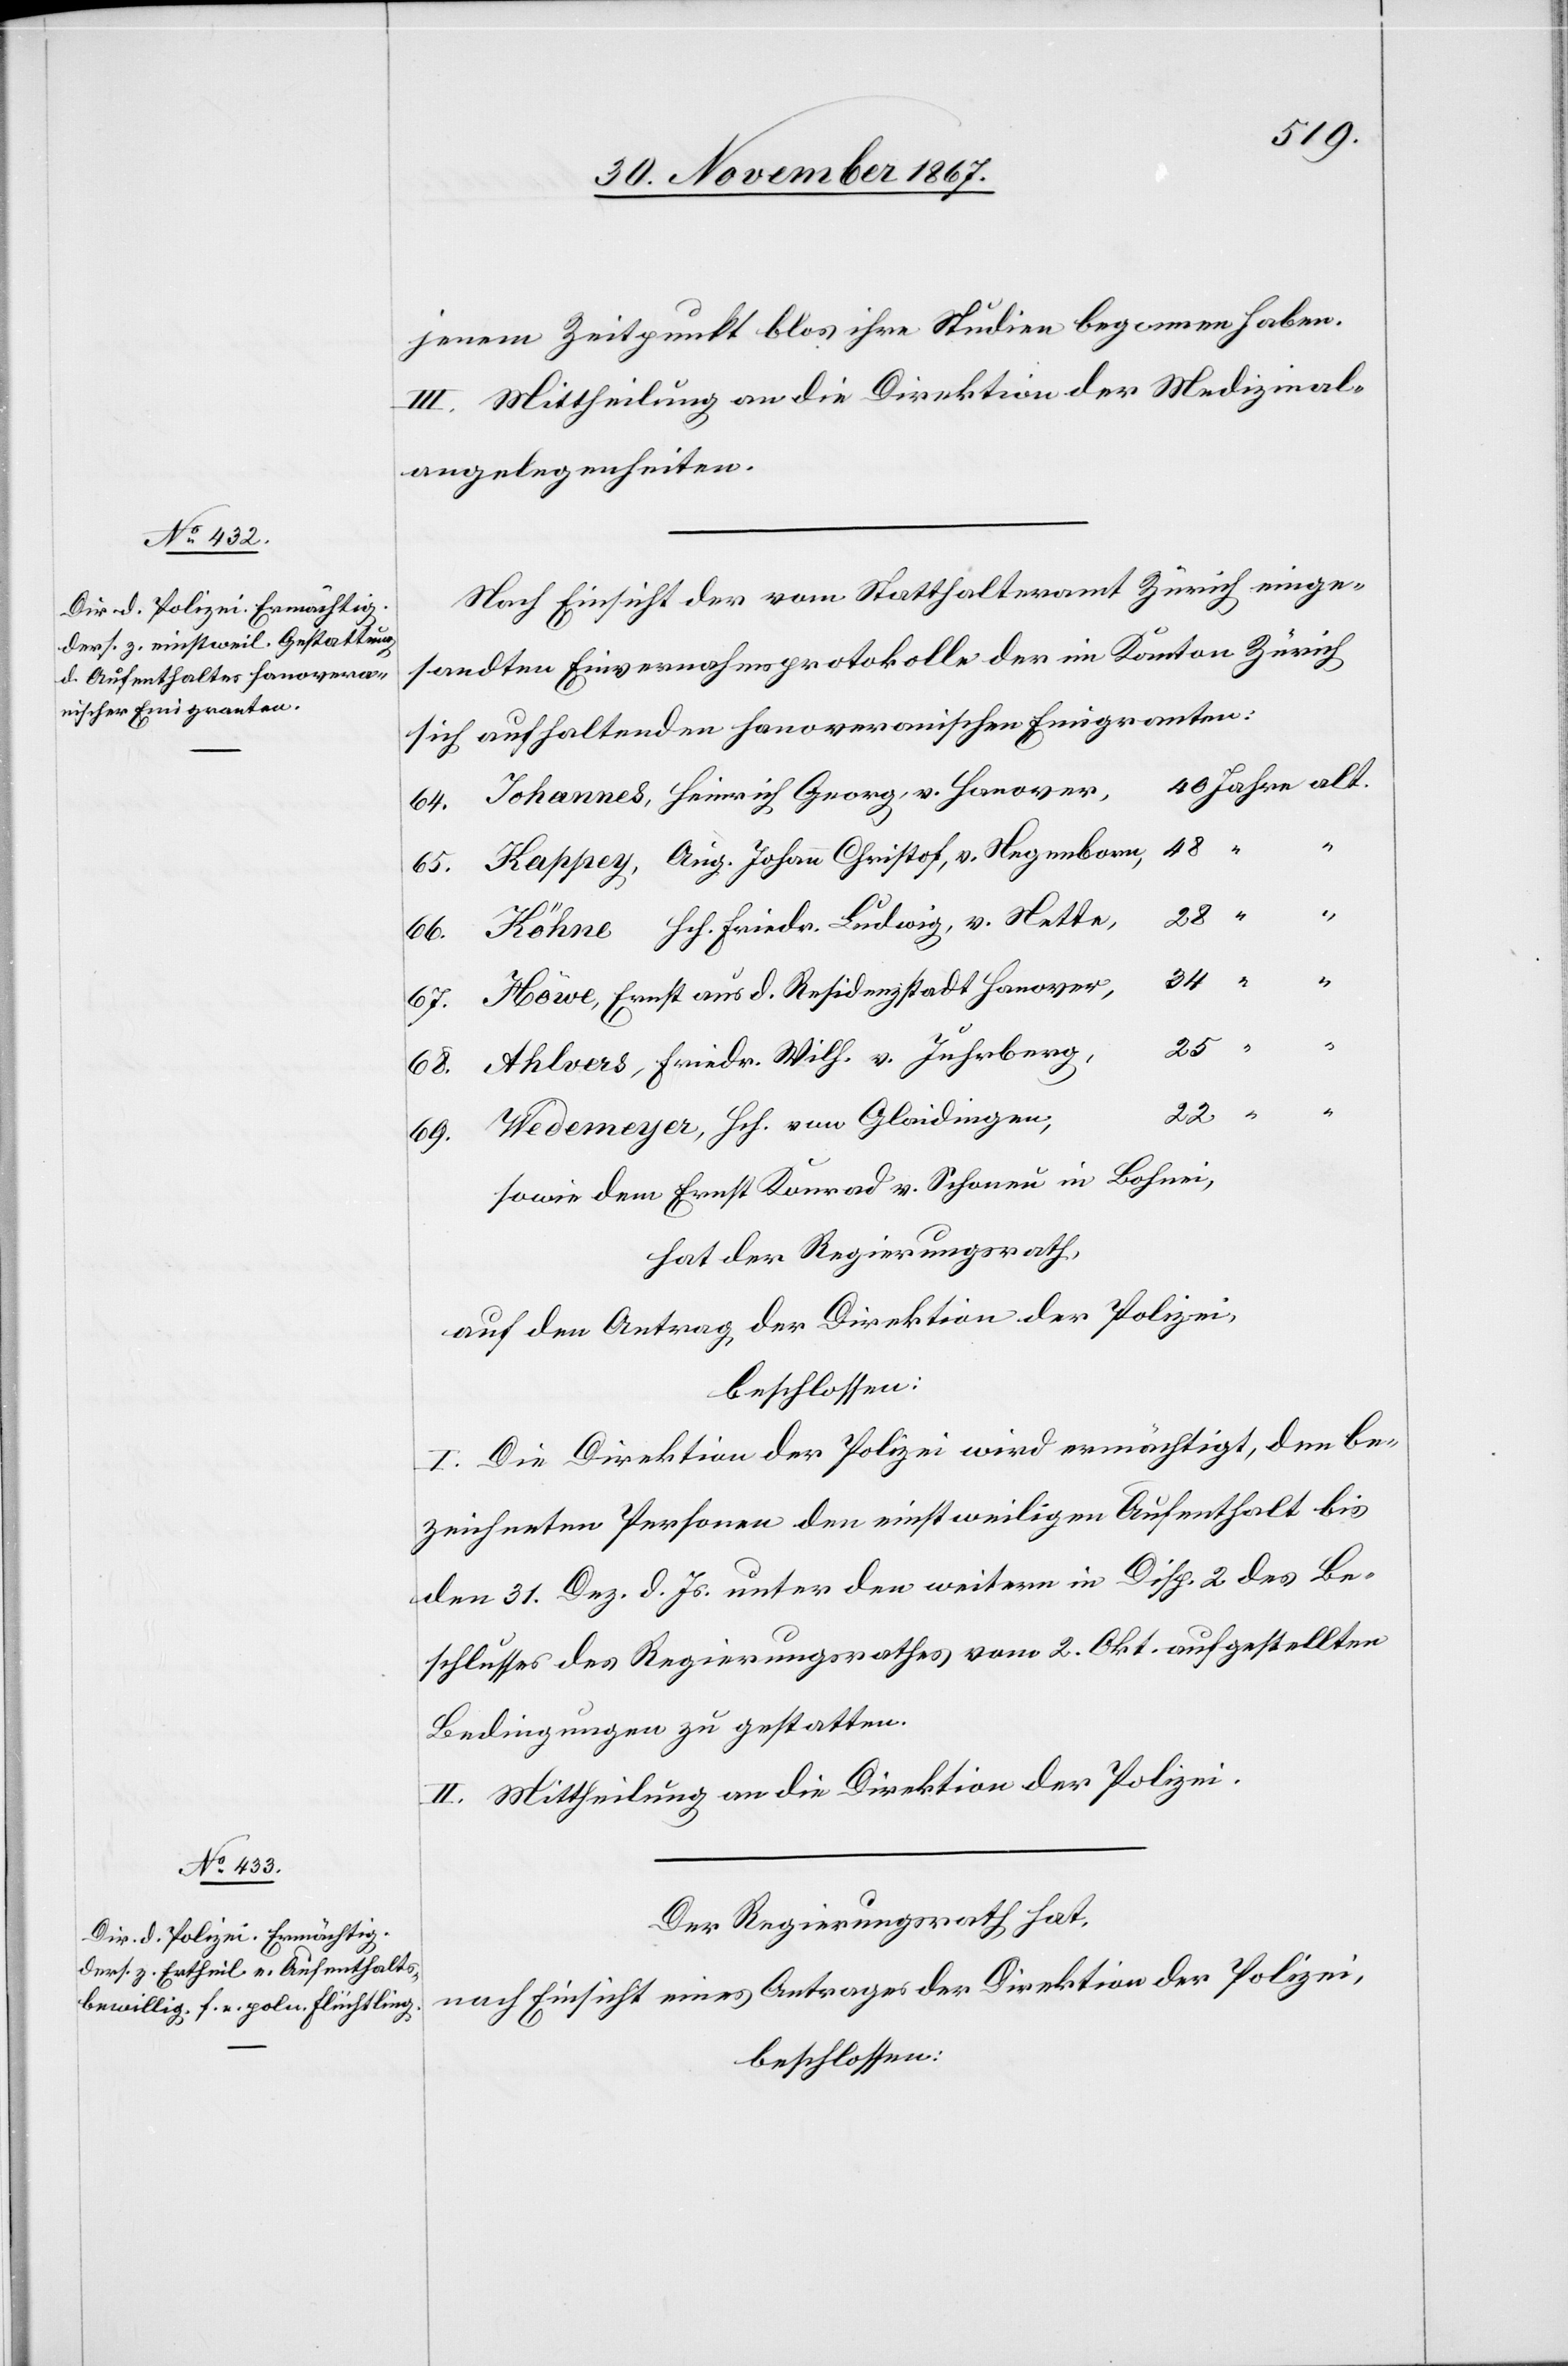
jenem Zeitpunkte blos ihre Studien begonnen haben.
III. Mittheilung an die Direktion der Medizinal¬
angelegenheiten.
Nach Einsicht der vom Statthalteramt Zürich einge¬
sandten Einvernahmsprotokolle der im Kanton Zürich
sich aufhaltenden hanoveranischen Emigranten:
Johannes, Heinrich Georg, v. Hanover,
48
Kappey, Aug. Johann Christof, v. Negenborn,
Köhne, Hch. Friedr. Ludwig, v. Nette,
Höwe, Ernst aus d. Residenzstadt Hanover,
Ahlvers, Friedr. Wilh. v. Juhrberg,
Wedemeyer, Hch. von Glaidingen,
sowie dem Ernst Konrad v. Schoneu in Bohnei,
hat der Regierungsrath,
auf den Antrag der Direktion der Polizei,
beschlossen:
I. Die Direktion der Polizei wird ermächtigt, den be¬
zeichneten Personen den einstweiligen Aufenthalt bis
den 31. Dez. d. Js. unter den weitern in Disp. 2 des Be¬
schlusses des Regierungsrathes vom 2. Okt. aufgestellten
Bedingungen zu gestatten.
II. Mittheilung an die Direktion der Polizei.
Der Regierungsrath hat,
nach Einsicht eines Antrages der Direktion der Polizei,
beschlossen: